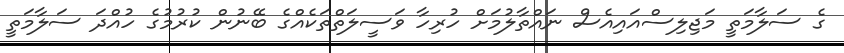
ގެ ސަލާމަތީ މަޖިލިސްއައިއެސް ނައްތާލުމަށް ހުރިހާ ވަސީލަތްތަކެއްގެ ބޭނުން ކުރުމުގެ ހުއްދަ ސަލާމަތީ